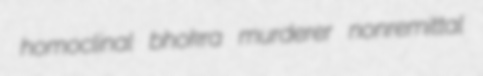
homoclinal bhokra murderer nonremittal